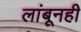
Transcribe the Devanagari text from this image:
लांबूनही